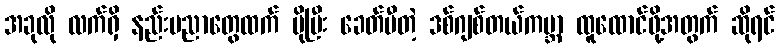
အခုလို လက်ရှိ နည်းပညာတွေထက် ပိုပြီး ခေတ်မီတဲ့ ဒစ်ဂျစ်တယ်ကမ္ဘာ ထူထောင်ဖို့အတွက် ဆိုရင်